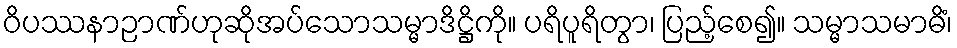
ဝိပဿနာဉာဏ်ဟုဆိုအပ်သောသမ္မာဒိဋ္ဌိကို။ ပရိပူရိတွာ၊ ပြည့်စေ၍။ သမ္မာသမာဓိံ၊